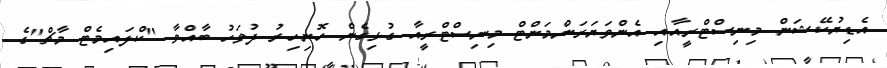
އެޑިޔުކޭޝަން މިނިސްޓްރީއާއި އެންވަޔަރަންމަންޓް މިނިސްޓްރީއާ ގުޅިގެން ހޮނިހިރު ދުވަހު ބާއްވާ "ކްލައިމެޓް މާޗް"ގެ